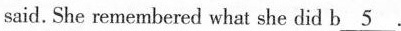
said. She remembered what she did b\underline{5} .